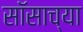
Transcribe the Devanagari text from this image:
सॉसाच्या